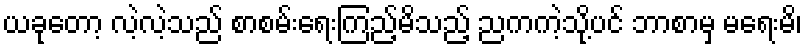
ယခုတော့ လဲ့လဲ့သည် စာစမ်းရေးကြည့်မိသည့် ညကကဲ့သို့ပင် ဘာစာမှ မရေးမိ၊